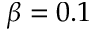
\beta = 0 . 1